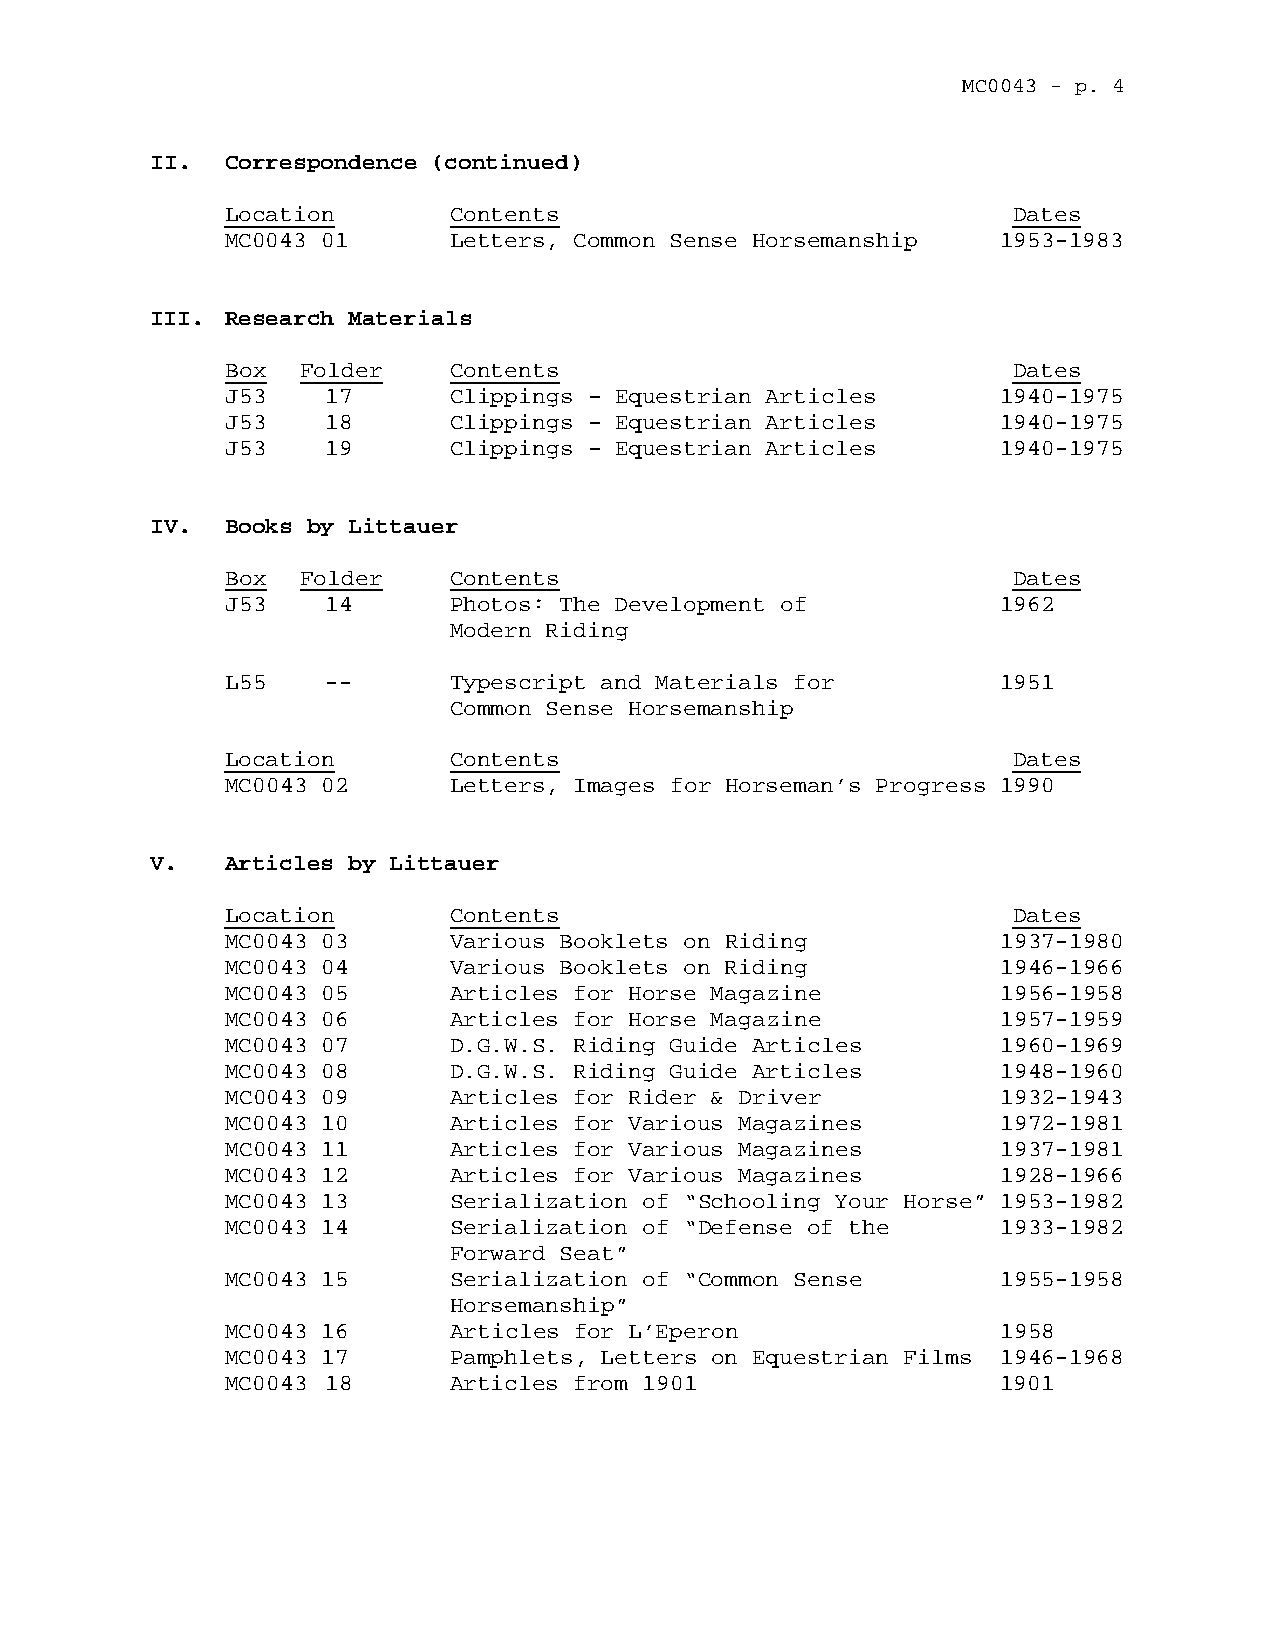
MC0043 - p. 4
 II.  Correspondence (continued)
 Location       Contents                             Dates
 MC0043 01      Letters, Common Sense Horsemanship  1953-1983
 III. Research Materials
 Box  Folder    Contents                             Dates
 J53    17      Clippings – Equestrian Articles     1940-1975
 J53    18      Clippings – Equestrian Articles     1940-1975
 J53    19      Clippings – Equestrian Articles     1940-1975
 IV.  Books by Littauer
 Box  Folder    Contents                             Dates
 J53    14      Photos: The Development of          1962
 Modern Riding
 L55    --      Typescript and Materials for        1951
 Common Sense Horsemanship
 Location       Contents                             Dates
 MC0043 02      Letters, Images for Horseman’s Progress 1990
 V.   Articles by Littauer
 Location       Contents                             Dates
 MC0043 03      Various Booklets on Riding          1937-1980
 MC0043 04      Various Booklets on Riding          1946-1966
 MC0043 05      Articles for Horse Magazine         1956-1958
 MC0043 06      Articles for Horse Magazine         1957-1959
 MC0043 07      D.G.W.S. Riding Guide Articles      1960-1969
 MC0043 08      D.G.W.S. Riding Guide Articles      1948-1960
 MC0043 09      Articles for Rider & Driver         1932-1943
 MC0043 10      Articles for Various Magazines      1972-1981
 MC0043 11      Articles for Various Magazines      1937-1981
 MC0043 12      Articles for Various Magazines      1928-1966
 MC0043 13      Serialization of “Schooling Your Horse” 1953-1982
 MC0043 14      Serialization of “Defense of the    1933-1982
 Forward Seat”
 MC0043 15      Serialization of “Common Sense      1955-1958
 Horsemanship”
 MC0043 16      Articles for L’Eperon               1958
 MC0043 17      Pamphlets, Letters on Equestrian Films 1946-1968
 MC0043 18      Articles from 1901                  1901